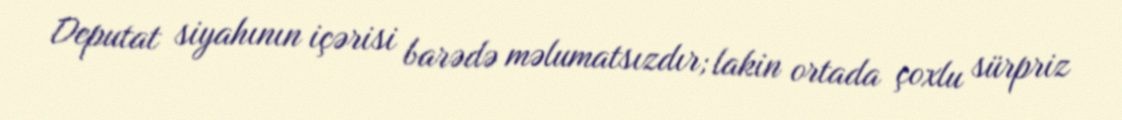
Deputat siyahının içərisi barədə məlumatsızdır; lakin ortada çoxlu sürpriz